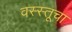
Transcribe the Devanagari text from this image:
वस्स्तूचा